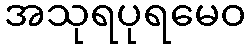
အသုရပုရမေဝ